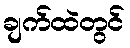
ချက်ထဲတွင်